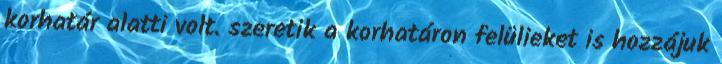
korhatár alatti volt. szeretik a korhatáron felülieket is hozzájuk